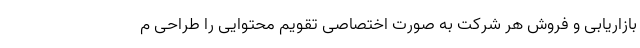
بازاریابی و فروش هر شرکت به صورت اختصاصی تقویم محتوایی را طراحی م